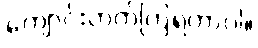
ကျောင်းတက်ကြရတာပါ။